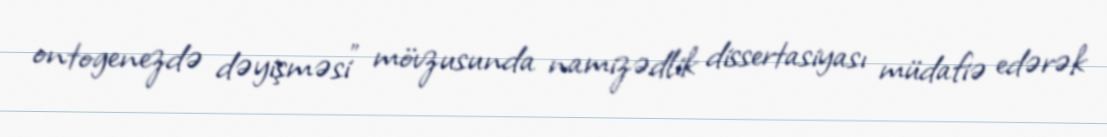
ontogenezdə dəyişməsi” mövzusunda namizədlik dissertasiyası müdafiə edərək